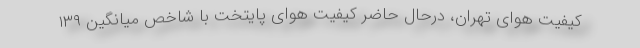
کیفیت هوای تهران، درحال‌ حاضر کیفیت هوای پایتخت با شاخص میانگین ۱۳۹